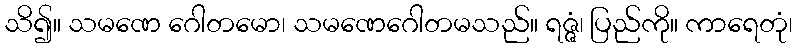
သိ၍။ သမဏေ ဂေါတမော၊ သမဏေဂေါတမသည်။ ရဇ္ဇံ၊ ပြည်ကို။ ကာရေတုံ၊